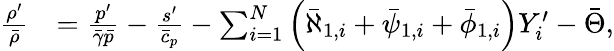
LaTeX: \begin{array}{rl}{\frac{\rho^{\prime}}{\bar{\rho}}}&{=\frac{p^{\prime}}{\bar{\gamma}\bar{p}}-\frac{s^{\prime}}{\bar{c}_{p}}-\sum_{i=1}^{N}\left(\bar{\aleph}_{1,i}+\bar{\psi}_{1,i}+\bar{\phi}_{1,i}\right)Y_{i}^{\prime}-\bar{\Theta},}\end{array}